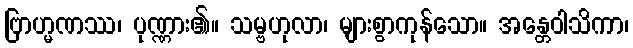
ဗြာဟ္မဏဿ၊ ပုဏ္ဏား၏။ သမ္ဗဟုလာ၊ များစွာကုန်သော။ အန္တေဝါသိကာ၊